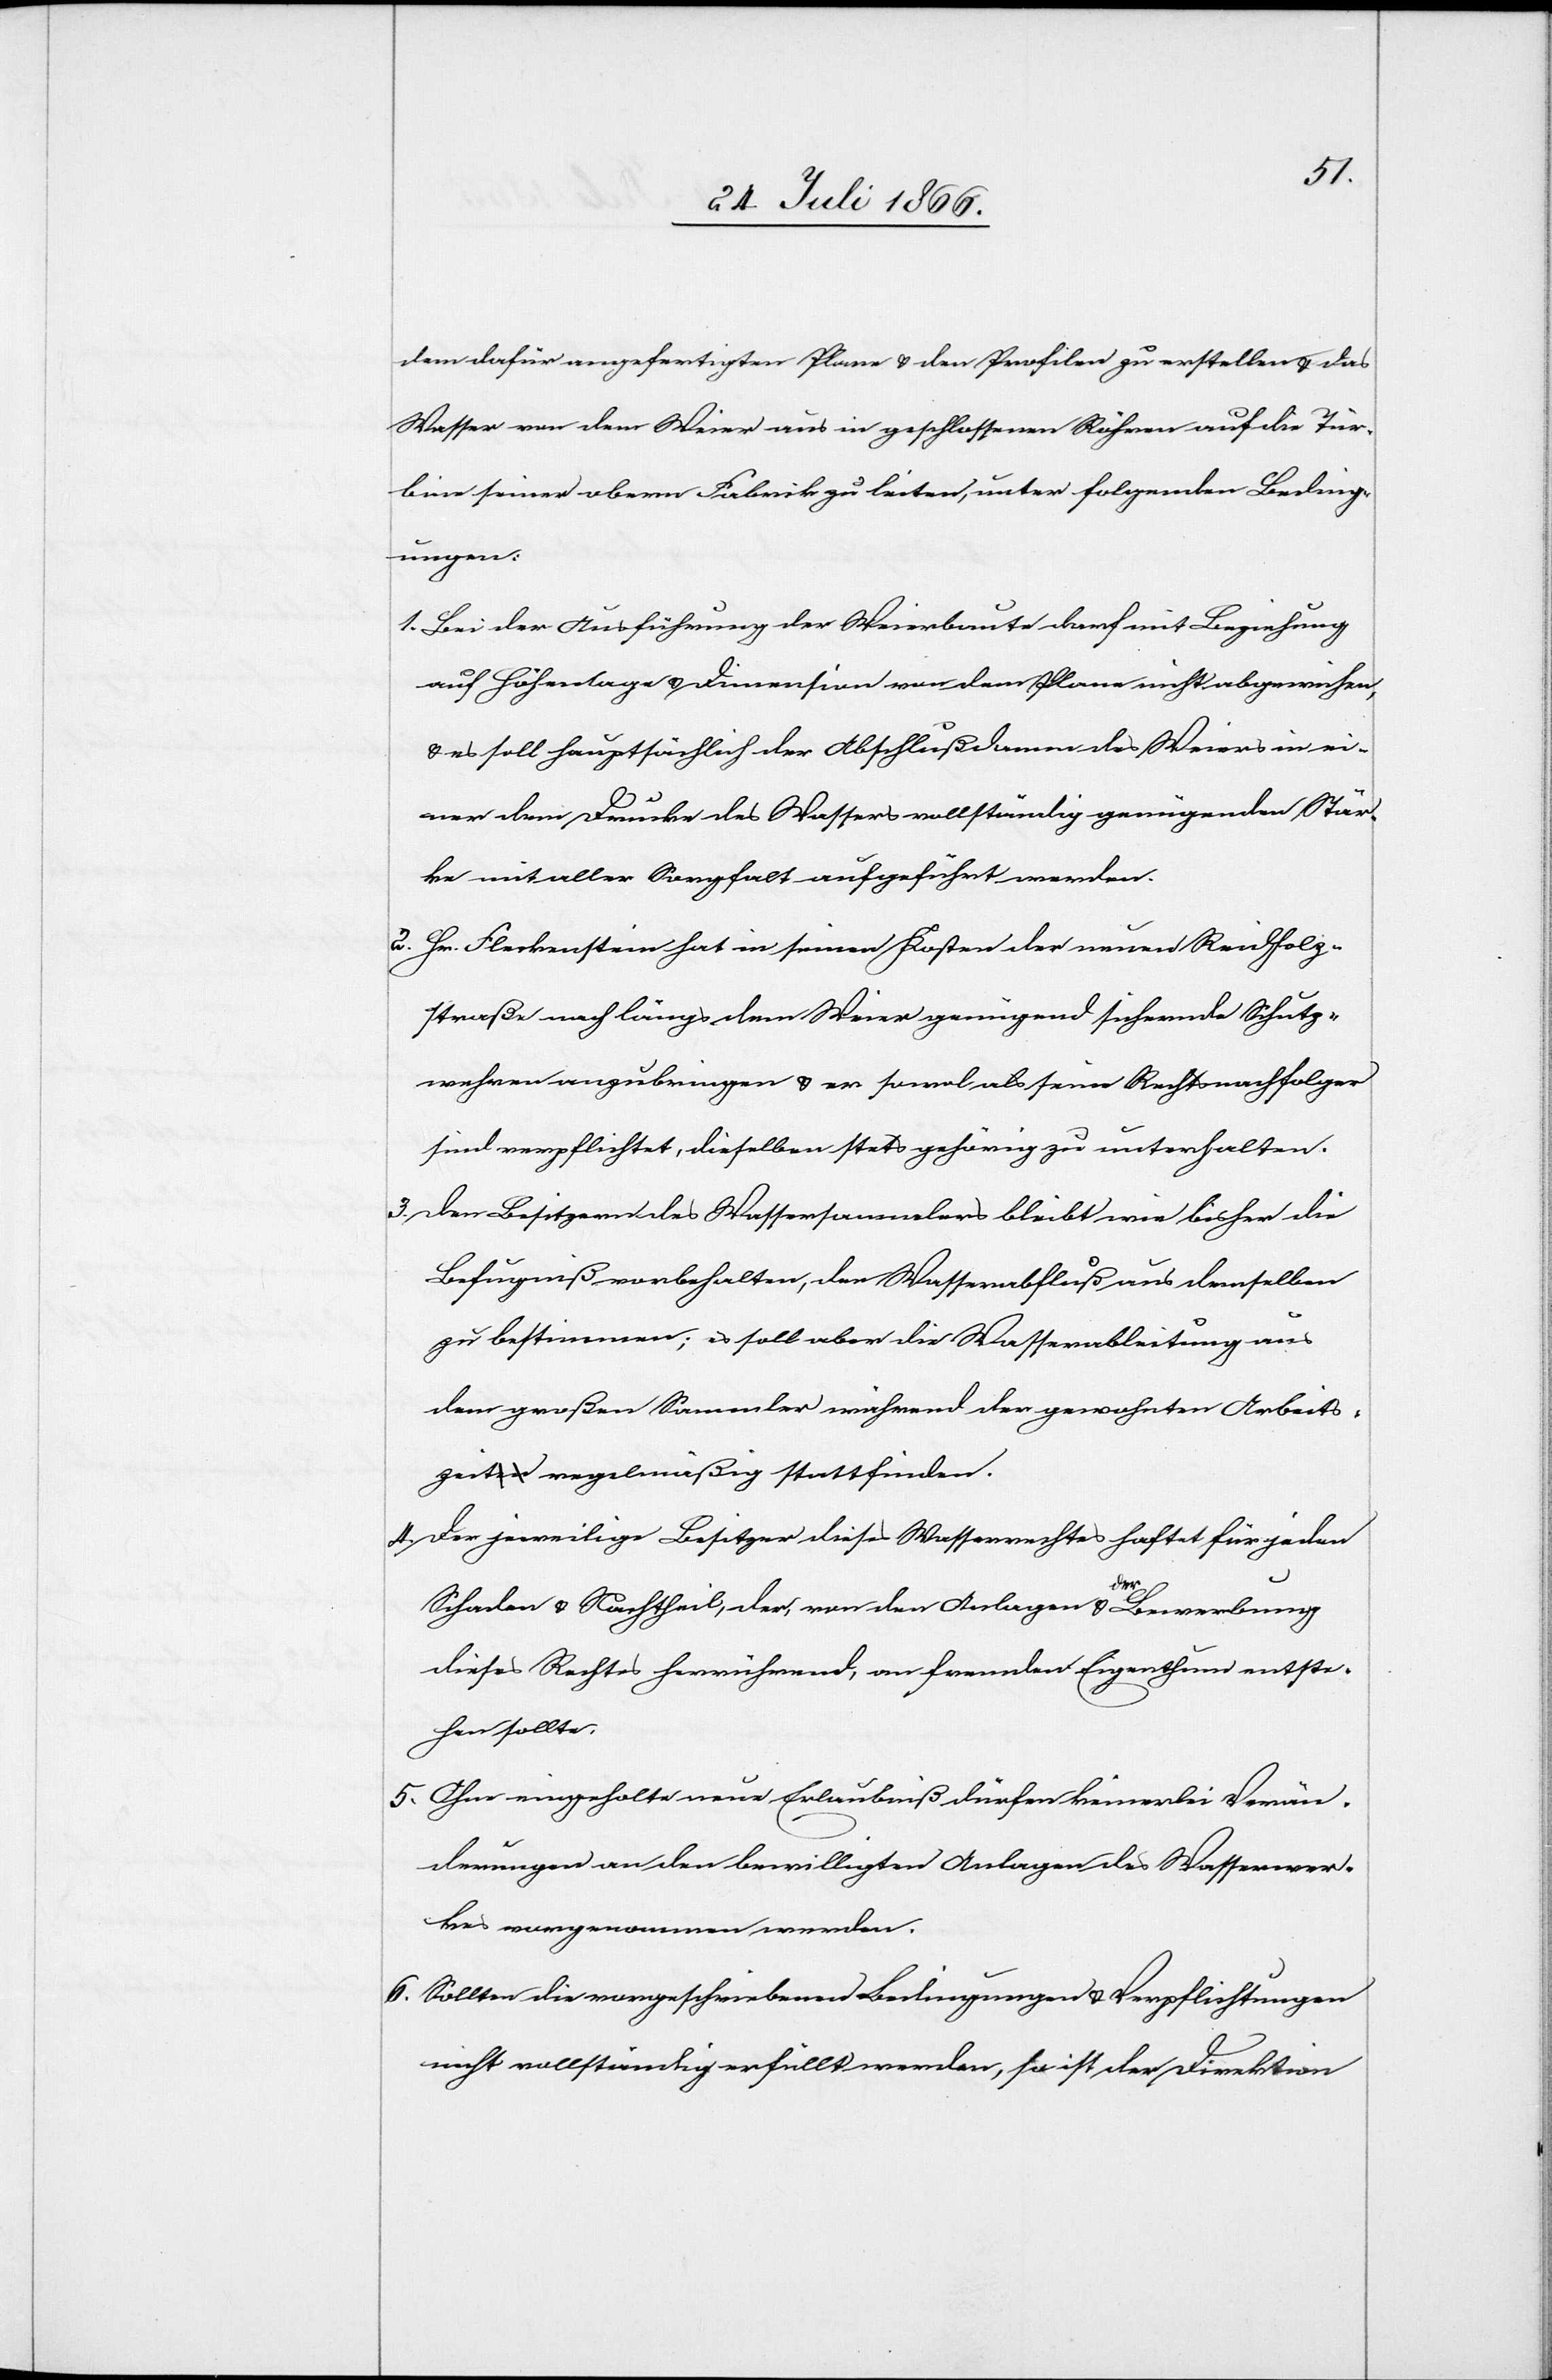
dem dafür angefertigten Plane u. den Profilen zu erstellen u. das
Wasser von dem Weier aus in geschlossenen Röhren auf die Tür¬
bine seiner obern Fabrik zu leiten, unter folgenden Beding¬
ungen:
1. Bei der Ausführung der Weierbaute darf mit Beziehung
auf Höhenlage u. Dimension von dem Plane nicht abgewichen,
u. es soll hauptsächlich der Abschlußdamm des Weiers in ei¬
ner dem Drucke des Wassers vollständig genügenden Stär¬
ke mit aller Sorgfalt aufgeführt werden.
2. Hr. Fleckenstein hat in seinen Kosten der neuen Reidholz¬
straße nach längs dem Weier genügend sichernde Schutz¬
mauern anzubringen u. er sowol als seine Rechtsnachfolger
sind verpflichtet, dieselben stets gehörig zu unterhalten.
3. Den Besitzern des Wassersammlers bleibt wie bisher die
Befugniß vorbehalten, den Wasserabfluß aus demselben
zu bestimmen; es soll aber die Wasserableitung aus
dem großen Sammler während der gewohnten Arbeits¬
zeit regelmäßig stattfinden.
4. der jeweilige Besitzer dieses Wasserrechtes haftet für jeden
Schaden u. Nachtheil, der, von der Anlagen u. der Bewerbung
dieses Rechtes herrührend, an fremdem Eigenthum entste¬
hen sollte.
5. Ohne eingeholte neue Erlaubniß dürfen keinerlei Verän¬
derungen an den bewilligten Anlangen des Wasserwer¬
kes vorgenommen werden.
6. Sollten die vorgeschriebenen Bedingungen u. Verpflichtungen
nicht vollständig erfüllt werden, so ist der Direktion